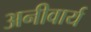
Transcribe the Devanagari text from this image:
अनीवार्य